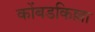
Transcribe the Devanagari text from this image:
कोंबडकिल्ला